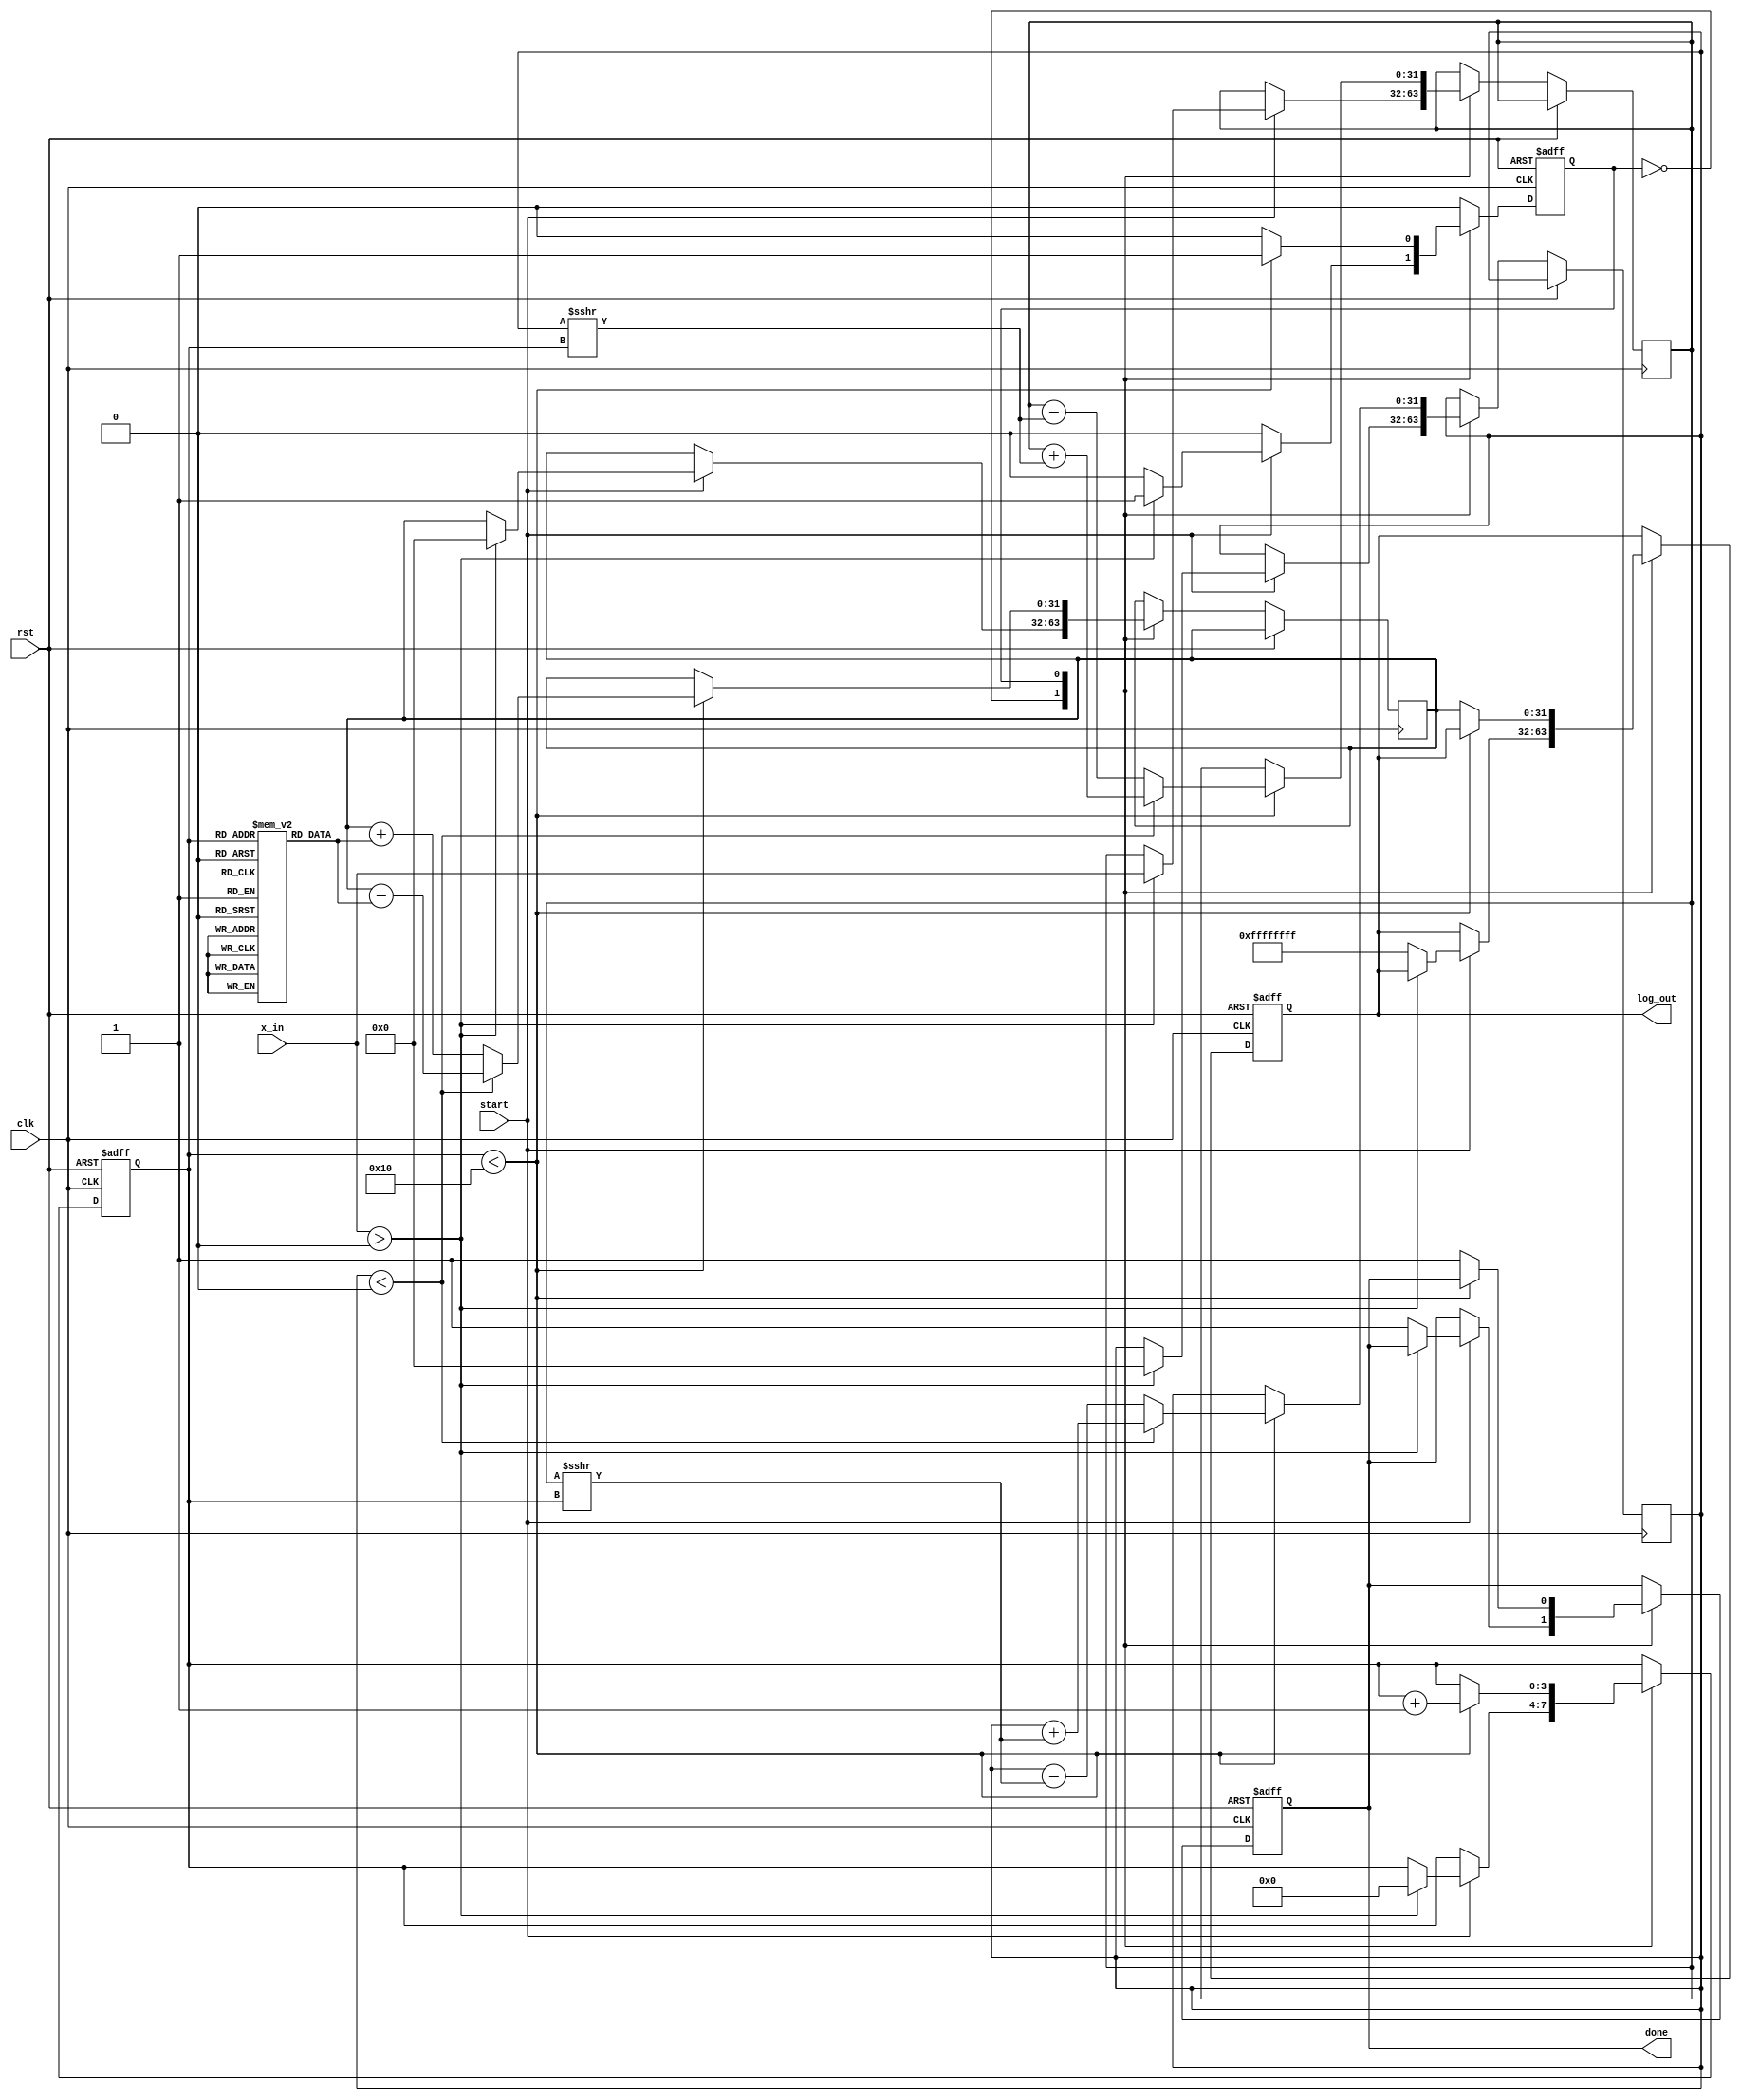
module cordic_logarithm (
    input wire clk,
    input wire rst,
    input wire start,
    input wire [31:0] x_in, // Input value (fixed-point representation)
    output reg [31:0] log_out, // Output logarithm value
    output reg done // Done signal
);

    // Parameters
    parameter NUM_ITERATIONS = 16; // Number of iterations for precision
    parameter ANGLE_TABLE_SIZE = 16; // Size of angle table

    // Internal signals
    reg [31:0] x[0:NUM_ITERATIONS-1]; // x values
    reg [31:0] y[0:NUM_ITERATIONS-1]; // y values
    reg [31:0] z[0:NUM_ITERATIONS-1]; // z values (angle)
    reg [3:0] iteration; // Current iteration count
    reg [31:0] x_current, y_current, z_current; // Current values
    reg [31:0] angle_table[0:ANGLE_TABLE_SIZE-1]; // Precomputed angle table
    reg state; // State of the FSM

    // Initialize angle table (arctan values)
    initial begin
        angle_table[0] = 32'h00000000; // atan(0)
        angle_table[1] = 32'h3F19999A; // atan(1/3)
        angle_table[2] = 32'h3F666666; // atan(1/2)
        angle_table[3] = 32'h3F9DB3D7; // atan(1/4)
        // Fill in other values as needed
    end

    // FSM for CORDIC iterations
    always @(posedge clk or posedge rst) begin
        if (rst) begin
            iteration <= 0;
            done <= 0;
            log_out <= 0;
            state <= 0;
        end else begin
            case (state)
                0: begin // Initialization
                    if (start) begin
                        // Normalize input (ensure x_in > 0)
                        if (x_in > 0) begin
                            x_current <= x_in;
                            y_current <= 0;
                            z_current <= 0; // Start angle
                            iteration <= 0;
                            state <= 1; // Move to iteration state
                        end else begin
                            log_out <= 32'hFFFFFFFF; // Error for non-positive input
                            done <= 1;
                        end
                    end
                end
                1: begin // Iteration state
                    if (iteration < NUM_ITERATIONS) begin
                        // CORDIC rotation logic
                        if (y_current < 0) begin
                            x_current <= x_current + (y_current >>> iteration);
                            y_current <= y_current + (x_current >>> iteration);
                            z_current <= z_current - angle_table[iteration];
                        end else begin
                            x_current <= x_current - (y_current >>> iteration);
                            y_current <= y_current - (x_current >>> iteration);
                            z_current <= z_current + angle_table[iteration];
                        end
                        iteration <= iteration + 1;
                    end else begin
                        // Final output calculation
                        log_out <= z_current; // Output the logarithm value
                        done <= 1;
                        state <= 0; // Go back to initialization
                    end
                end
            endcase
        end
    end
endmodule